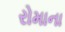
રોમાના